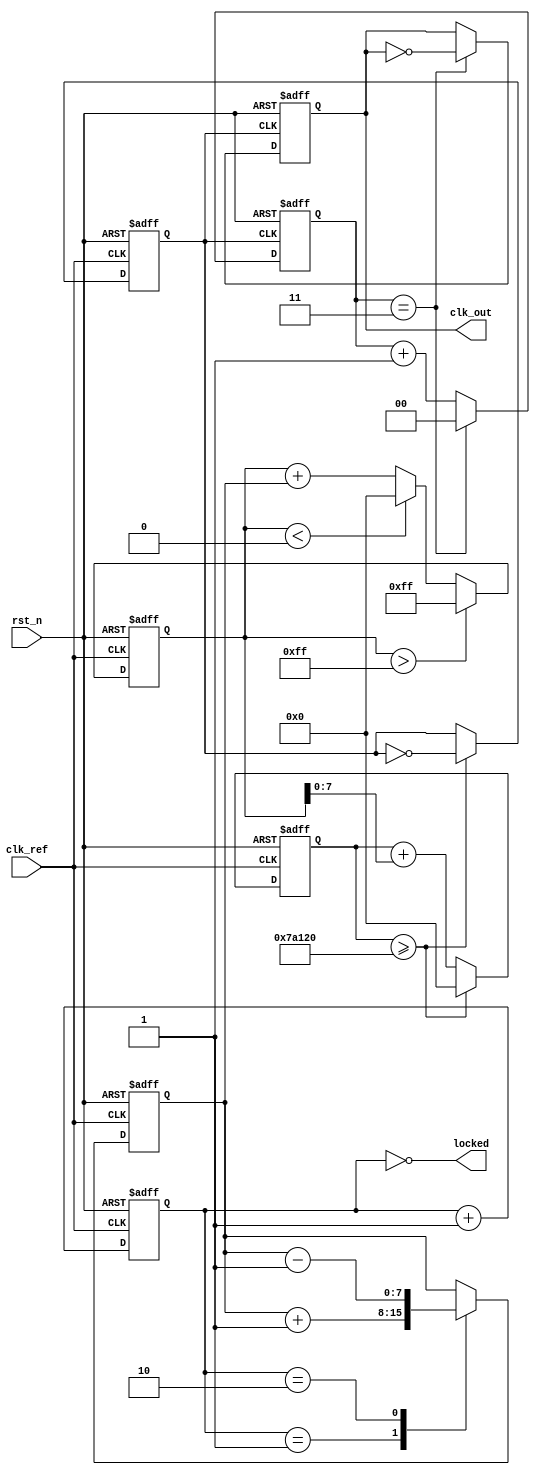
module type2_pll (
    input wire clk_ref,      // Reference clock
    input wire rst_n,        // Active-low reset
    output wire clk_out,     // Output clock
    output wire locked       // Indicates if PLL is locked
);

// Parameters
parameter integer DIV_FACTOR = 4; // Division factor for frequency divider
parameter integer VCO_MAX_FREQ = 100; // Max VCO frequency in MHz
parameter integer VCO_MIN_FREQ = 10; // Min VCO frequency in MHz

// Phase Detector
reg [1:0] phase_detector; // 00: No phase error, 01: Reference leads, 10: Output leads

always @(posedge clk_ref or negedge rst_n) begin
    if (!rst_n) begin
        phase_detector <= 2'b00; // Reset phase detector
    end else begin
        // Simplified phase detection mechanism (example)
        // In a real implementation, phase comparison logic would be included
        // Here we just toggle for demonstration purposes
        phase_detector <= phase_detector + 1;
    end
end

// Loop Filter (Simple First-Order Low Pass Filter)
reg [7:0] error_signal; // Phase error signal
reg [15:0] control_voltage; // Control voltage for VCO

always @(posedge clk_ref or negedge rst_n) begin
    if (!rst_n) begin
        error_signal <= 8'b0; // Reset error signal
        control_voltage <= 16'b0; // Reset control voltage
    end else begin
        // Process phase error signal
        case (phase_detector)
            2'b00: error_signal <= error_signal; // No error
            2'b01: error_signal <= error_signal + 1; // Reference leads
            2'b10: error_signal <= error_signal - 1; // Output leads
            default: error_signal <= error_signal; // No change
        endcase
        
        // Simple control voltage adjustment
        control_voltage <= control_voltage + error_signal;
        if (control_voltage > 16'd255) control_voltage <= 16'd255; // Clamp to max
        else if (control_voltage < 16'd0) control_voltage <= 16'd0; // Clamp to min
    end
end

// Voltage-Controlled Oscillator (VCO)
reg vco_out;
reg [15:0] vco_counter;

// Simple VCO with frequency control based on control voltage
always @(posedge clk_ref or negedge rst_n) begin
    if (!rst_n) begin
        vco_counter <= 16'd0; // Reset counter
        vco_out <= 1'b0; // Reset VCO output
    end else begin
        // Increment counter based on control voltage
        vco_counter <= vco_counter + control_voltage[7:0];
        if (vco_counter >= (50000000 / VCO_MAX_FREQ)) begin // Example division
            vco_out <= ~vco_out; // Toggle VCO output
            vco_counter <= 16'd0; // Reset counter
        end
    end
end

// Frequency Divider (if needed)
reg clk_feedback;
reg [1:0] divider_counter;

always @(posedge vco_out or negedge rst_n) begin
    if (!rst_n) begin
        clk_feedback <= 1'b0; // Reset feedback clock
        divider_counter <= 2'b0; // Reset divider counter
    end else begin
        if (divider_counter == DIV_FACTOR - 1) begin
            clk_feedback <= ~clk_feedback; // Toggle feedback clock
            divider_counter <= 2'b0; // Reset counter
        end else begin
            divider_counter <= divider_counter + 1; // Increment counter
        end
    end
end

// Output Clock and Lock Indicator
assign clk_out = clk_feedback;
assign locked = (phase_detector == 2'b00); // PLL is locked when no phase error

endmodule